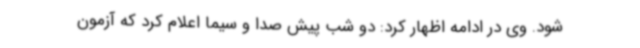
شود. وی در ادامه اظهار کرد: دو شب پیش صدا و سیما اعلام کرد که آزمون